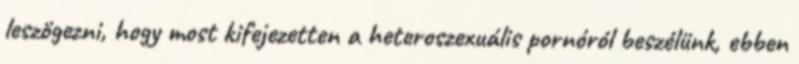
leszögezni, hogy most kifejezetten a heteroszexuális pornóról beszélünk, ebben